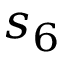
s _ { 6 }